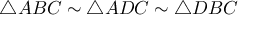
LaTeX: \triangle A B C \sim \triangle A D C \sim \triangle D B C